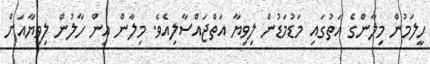
ހީލަމުން މިލާންގެ އަތުގައި މަޑުމަޑުން ލިވިޔާ އަތްޖައްސާލިއެވެ. މިލާން އިން ހާލުން ލިވިޔާއަށް